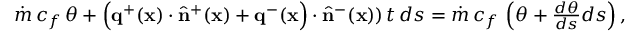
\begin{array} { r } { \dot { m } \, c _ { f } \, \theta + \Big ( \mathbf { q } ^ { + } ( \mathbf { x } ) \cdot \widehat { \mathbf { n } } ^ { + } ( \mathbf { x } ) + \mathbf { q } ^ { - } ( \mathbf { x } \Big ) \cdot \widehat { \mathbf { n } } ^ { - } ( \mathbf { x } ) ) \, t \, d s = \dot { m } \, c _ { f } \, \left( \theta + \frac { d \theta } { d s } d s \right) , } \end{array}